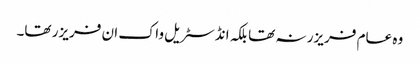
وہ عام فریزر نہ تھا بلکہ انڈسٹریل واک ان فریزر تھا۔